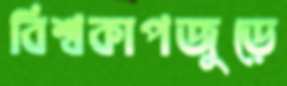
বিশ্বকাপজুড়ে